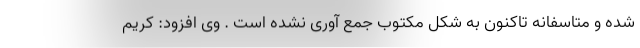
شده و متاسفانه تاکنون به شکل مکتوب جمع آوری نشده است . وی افزود: کریم